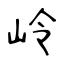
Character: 岭